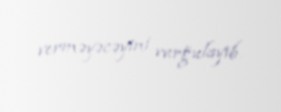
verməyəcəyini vurğulayıb.